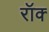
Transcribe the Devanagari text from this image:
रॉक्‍